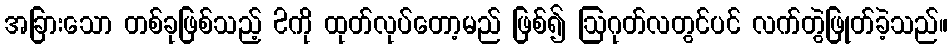
အခြားသော တစ်ခုဖြစ်သည့် 2ကို ထုတ်လုပ်တော့မည် ဖြစ်၍ ဩဂုတ်လတွင်ပင် လက်တွဲဖြုတ်ခဲ့သည်။